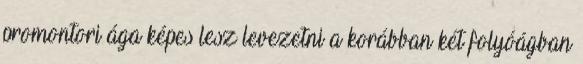
promontori ága képes lesz levezetni a korábban két folyóágban